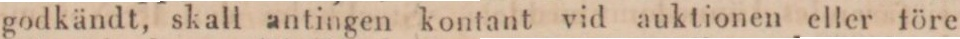
godkändt, skall antingen kontant vid auktionen eller före